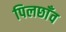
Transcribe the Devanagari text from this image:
पिलछाँव